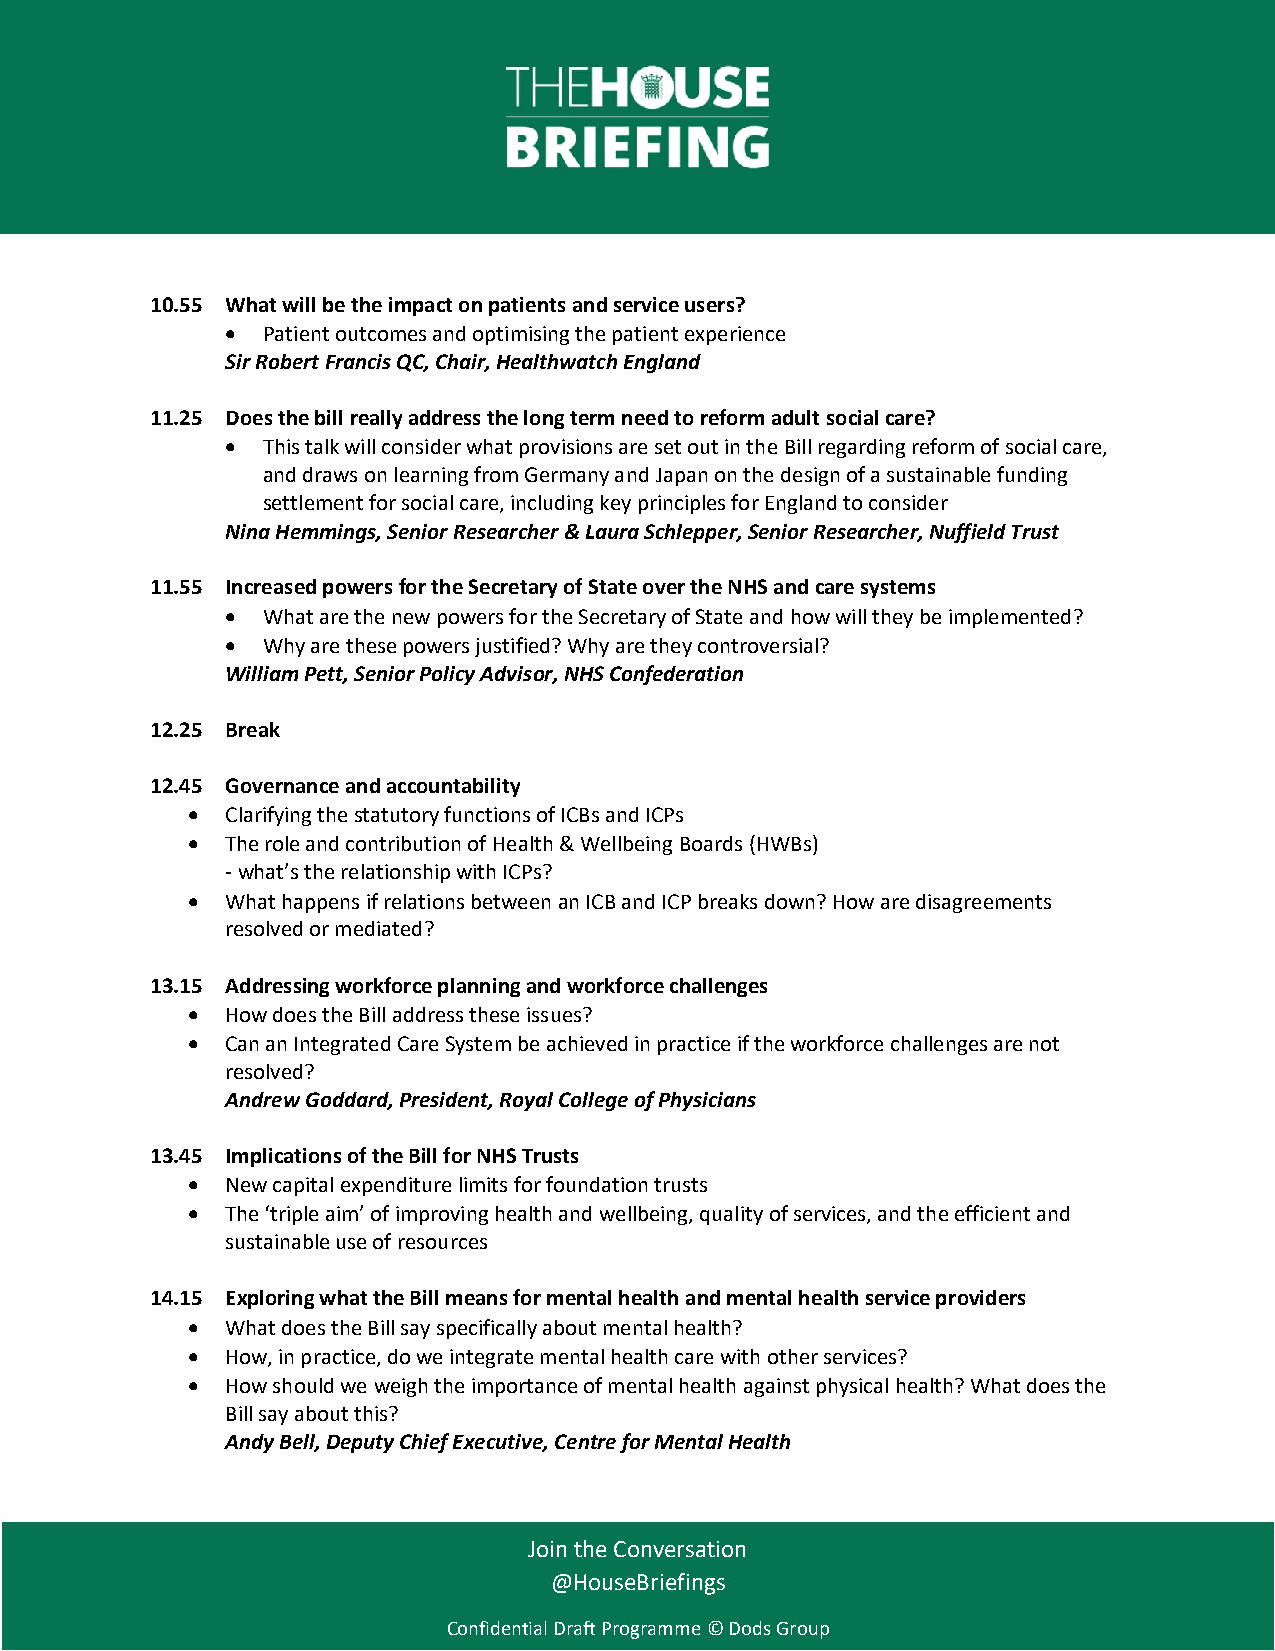
10.55 What will be the impact on patients and service users?
 • Patient outcomes and optimising the patient experience
 Sir Robert Francis QC, Chair, Healthwatch England
 11.25 Does the bill really address the long term need to reform adult social care?
 • This talk will consider what provisions are set out in the Bill regarding reform of social care,
 and draws on learning from Germany and Japan on the design of a sustainable funding
 settlement for social care, including key principles for England to consider
 Nina Hemmings, Senior Researcher & Laura Schlepper, Senior Researcher, Nuffield Trust
 11.55 Increased powers for the Secretary of State over the NHS and care systems
 • What are the new powers for the Secretary of State and how will they be implemented?
 • Why are these powers justified? Why are they controversial?
 William Pett, Senior Policy Advisor, NHS Confederation
 12.25 Break
 12.45 Governance and accountability
 •  Clarifying the statutory functions of ICBs and ICPs
 •  The role and contribution of Health & Wellbeing Boards (HWBs)
 - what’s the relationship with ICPs?
 •  What happens if relations between an ICB and ICP breaks down? How are disagreements
 resolved or mediated?
 13.15 Addressing workforce planning and workforce challenges
 •  How does the Bill address these issues?
 •  Can an Integrated Care System be achieved in practice if the workforce challenges are not
 resolved?
 Andrew Goddard, President, Royal College of Physicians
 13.45 Implications of the Bill for NHS Trusts
 •  New capital expenditure limits for foundation trusts
 •  The ‘triple aim’ of improving health and wellbeing, quality of services, and the efficient and
 sustainable use of resources
 14.15 Exploring what the Bill means for mental health and mental health service providers
 •  What does the Bill say specifically about mental health?
 •  How, in practice, do we integrate mental health care with other services?
 •  How should we weigh the importance of mental health against physical health? What does the
 Bill say about this?
 Andy Bell, Deputy Chief Executive, Centre for Mental Health
 Join the Conversation
 @HouseBriefings
 Confidential Draft Programme © Dods Group